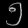
Digit: ၅